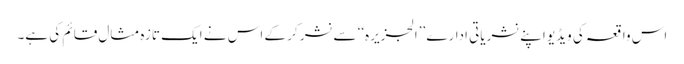
اس واقعہ کی ویڈیو اپنے نشریاتی ادارے ’’الجزیرہ‘‘ سے نشر کر کے اس نے ایک تازہ مثال قائم کی ہے۔